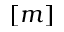
[ m ]